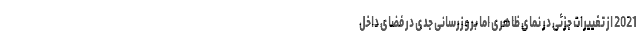
2021 از تغییرات جزئی در نمای ظاهری اما بروزرسانی جدی در فضای داخل